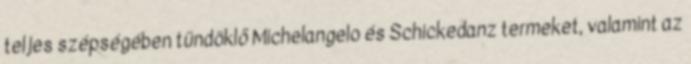
teljes szépségében tündöklő Michelangelo és Schickedanz termeket, valamint az